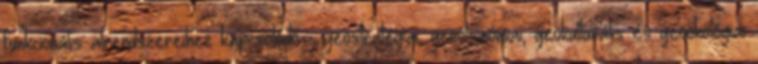
funkcionális alrendszereihez kapcsolódó – geostratégiai, geoökonómiai, geokulturális és geoökológiai